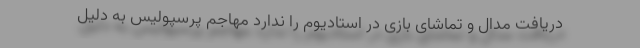
دریافت مدال و تماشای بازی در استادیوم را ندارد مهاجم پرسپولیس به دلیل